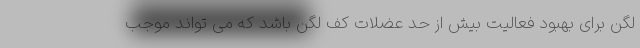
لگن برای بهبود فعالیت بیش از حد عضلات کف لگن باشد که می تواند موجب